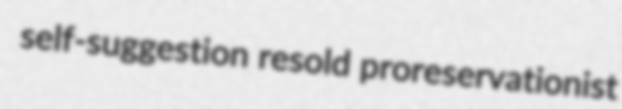
self-suggestion resold proreservationist